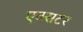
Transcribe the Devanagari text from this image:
एक्सटर